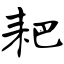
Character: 耙